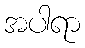
အပါရာ